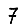
Digit: 7